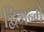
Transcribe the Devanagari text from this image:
द्विजन्में